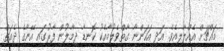
މައްޗަށް އެއްލާލިއެވެ. އަދި އަހަންނާ ގާތްވެލުމާއެކު ކޮނޑާ ދިމާލުން ފާރުގައި އޭނާގެ ދެއަތް